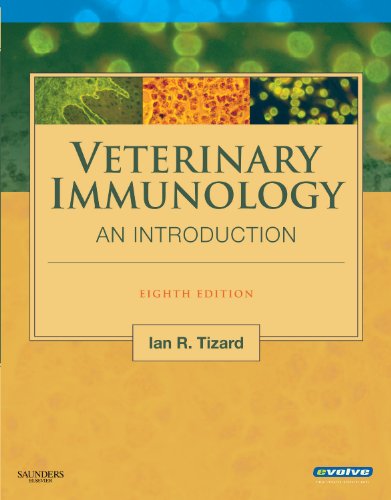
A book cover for Veterinary Immunology, 8e; Ian R. Tizard PhD  BSc  BVMS; Medical Books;